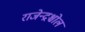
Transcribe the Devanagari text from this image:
राजेन्द्रश्चोल